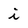
Character: i